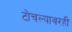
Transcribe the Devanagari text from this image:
टोचल्यावरही